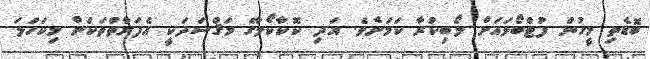
ބޮޑެތި މީހުން ފުޓްބޯޅައަށް ލޯބިކުރާ ކަމަށެވެ. އަދި ކޮކާކޯލާގެ މަޤްސަދަކީ އެފަރާތްތަކަށް މިކަހަލަ